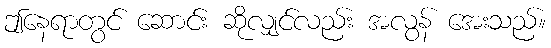
ဤနေရာတွင် ဆောင်း ဆိုလျှင်လည်း အလွန် အေးသည်။